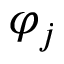
\varphi _ { j }